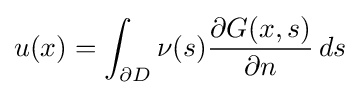
u(x)=\int _{\partial D}\nu (s){\frac {\partial G(x,s)}{\partial n}}\,ds